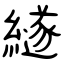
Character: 繸